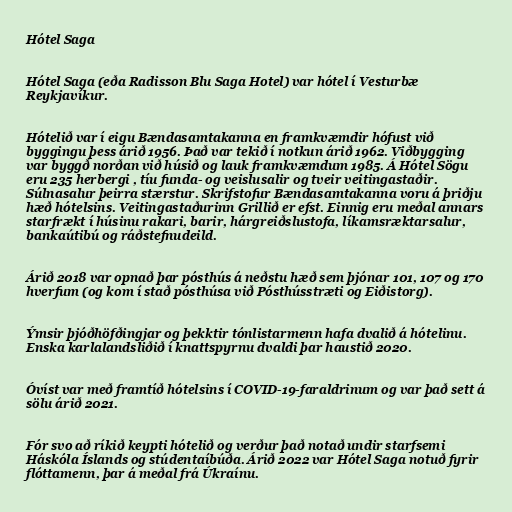
Hótel Saga

Hótel Saga (eða Radisson Blu Saga Hotel) var hótel í Vesturbæ
Reykjavíkur.

Hótelið var í eigu Bændasamtakanna en framkvæmdir hófust við
byggingu þess árið 1956. Það var tekið í notkun árið 1962. Viðbygging
var byggð norðan við húsið og lauk framkvæmdum 1985. Á Hótel Sögu
eru 235 herbergi , tíu funda- og veislusalir og tveir veitingastaðir.
Súlnasalur þeirra stærstur. Skrifstofur Bændasamtakanna voru á þriðju
hæð hótelsins. Veitingastaðurinn Grillið er efst. Einnig eru meðal annars
starfrækt í húsinu rakari, barir, hárgreiðslustofa, líkamsræktarsalur,
bankaútibú og ráðstefnudeild.

Árið 2018 var opnað þar pósthús á neðstu hæð sem þjónar 101, 107 og 170
hverfum (og kom í stað pósthúsa við Pósthússtræti og Eiðistorg).

Ýmsir þjóðhöfðingjar og þekktir tónlistarmenn hafa dvalið á hótelinu.
Enska karlalandsliðið í knattspyrnu dvaldi þar haustið 2020.

Óvíst var með framtíð hótelsins í COVID-19-faraldrinum og var það sett á
sölu árið 2021.

Fór svo að ríkið keypti hótelið og verður það notað undir starfsemi
Háskóla Íslands og stúdentaíbúða. Árið 2022 var Hótel Saga notuð fyrir
flóttamenn, þar á meðal frá Úkraínu.